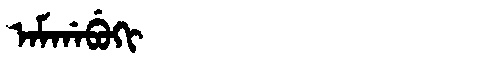
Manchu: ᠠᠮᡤᠠᠪᡠᡴᡳ
Romanization: AMGABUKI